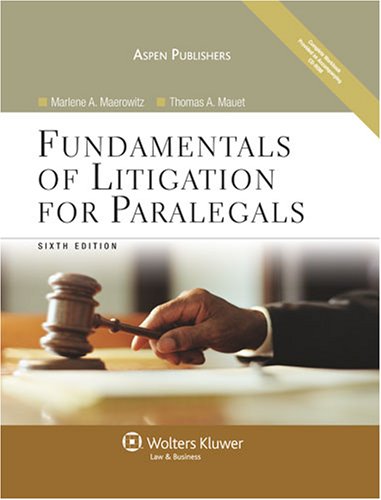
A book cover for Fundamentals of Litigation for Paralegals; Marlene A. Maerowitz; Law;